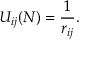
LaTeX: U _ { i j } ( N ) = { \frac { 1 } { r _ { i j } } } .